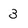
Character: 3